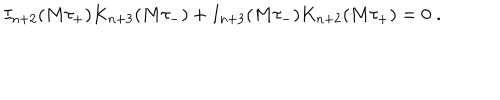
I _ { n + 2 } ( M \tau _ { + } ) K _ { n + 3 } ( M \tau _ { - } ) + I _ { n + 3 } ( M \tau _ { - } ) K _ { n + 2 } ( M \tau _ { + } ) = 0 \; .